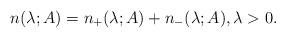
LaTeX: \begin{align*}n(\lambda;A)=n_+(\lambda;A)+n_-(\lambda;A), \lambda>0.\end{align*}